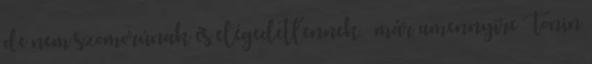
de nem szomorúnak és elégedetlennek – már amennyire Tonin